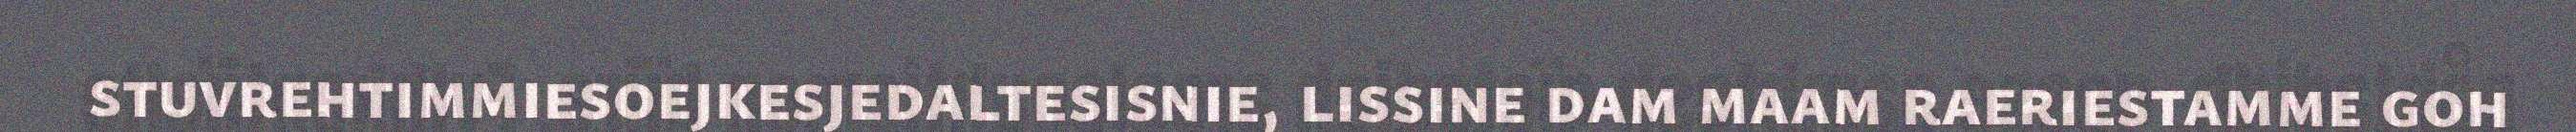
stuvrehtimmiesoejkesjedaltesisnie, lissine dam maam raeriestamme goh